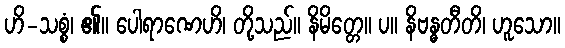
ဟိ-သစ္စံ၊ ၏။ ပေါရာဏေဟိ၊ တို့သည်။ နိမိတ္တေ။ ပ။ နိဗန္ဓတီတိ၊ ဟူသော။